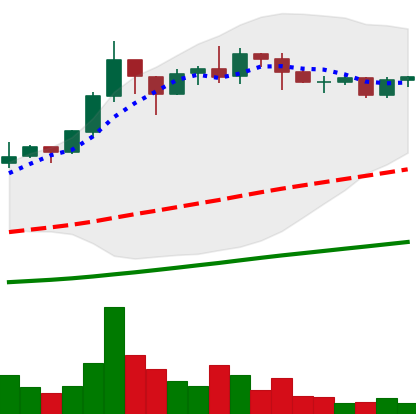
Ticker: ADA-USD
Chart end date: 2020-07-22
Forward return: 11.983%
Label: up_7plus